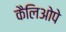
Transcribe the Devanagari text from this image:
कैलिओपे